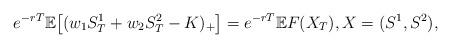
LaTeX: \begin{align*} e^{-rT} \mathbb E \big[ ( w_1 S^1_T + w_2 S^2_T -K)_{+} \big] = e^{-rT} \mathbb E F(X_T), X = (S^1,S^2), \end{align*}